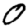
Digit: 0